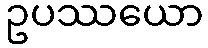
ဥပဿယော